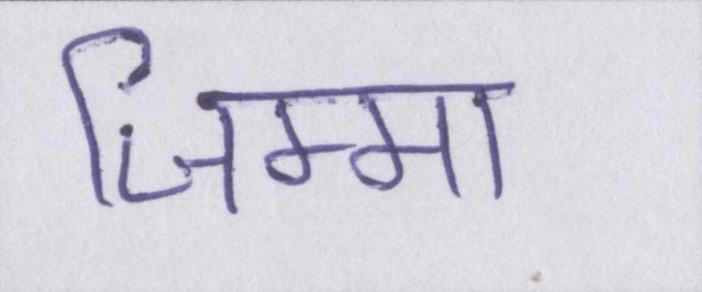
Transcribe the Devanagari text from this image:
जिम्मा